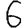
Digit: 6